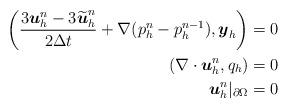
LaTeX: \begin{align*}\begin{aligned}\left(\frac{3 \boldsymbol{u}_h^n-3\widetilde{\boldsymbol{u}}_h^n}{2 \Delta t}+\nabla (p_h^{n}-p_h^{n-1}), \boldsymbol{y}_h \right)&=0\\(\nabla\cdot \boldsymbol{u}_h^n, q_h)&=0\\\boldsymbol{u}_h^n|_{\partial\Omega} &=0\end{aligned}\end{align*}